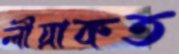
লীয়াকত